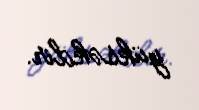
yüksəkdir.